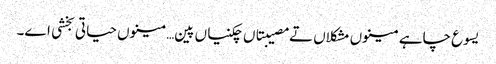
یسوع چاہے مینوں مشکلاں تے مصیبتاں چکنیاں پین… مینوں حیاتی بخشی اے۔